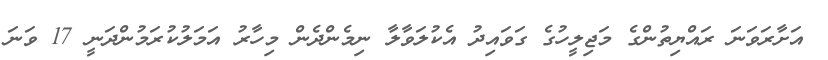
އަށާރަވަނަ ރައްޔިތުންގެ މަޖިލީހުގެ ގަވައިދު އެކުލަވާލާ ނިމެންދެން މިހާރު އަމަލުކުރަމުންދަނީ 17 ވަނަ